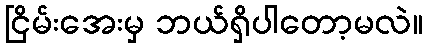
ငြိမ်းအေးမှ ဘယ်ရှိပါတော့မလဲ။